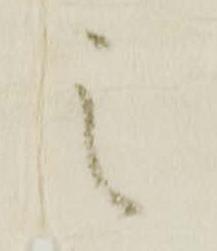
之